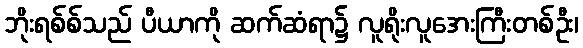
ဘိုးရစ်စ်သည် ပီယာကို ဆက်ဆံရာ၌ လူရိုးလူအေးကြီးတစ်ဦး၊